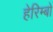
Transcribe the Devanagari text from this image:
हेरिम्बो